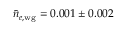
\bar { n } _ { e , { \mathrm { w g } } } = 0 . 0 0 1 \pm 0 . 0 0 2